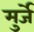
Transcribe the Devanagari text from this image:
मुर्जे